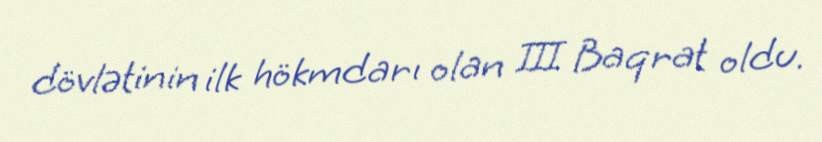
dövlətinin ilk hökmdarı olan III Baqrat oldu.